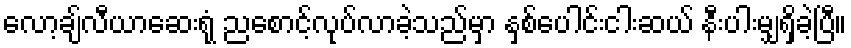
လော့ချ်လီယာဆေးရုံ ညစောင့်လုပ်လာခဲ့သည်မှာ နှစ်ပေါင်းငါးဆယ် နီးပါးမျှရှိခဲ့ပြီ။